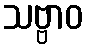
သဗ္ဗာဝ